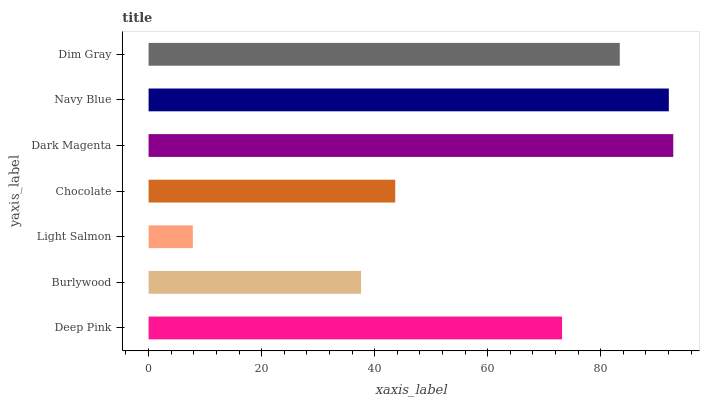
| yaxis_label | bars |
 | --- | --- |
 | Deep Pink | 73.2 |
 | Burlywood | 37.6 |
 | Light Salmon | 7.83 |
 | Chocolate | 43.6 |
 | Dark Magenta | 92.8 |
 | Navy Blue | 92.1 |
 | Dim Gray | 83.4 |